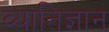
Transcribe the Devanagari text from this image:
व्यातिज्ञान